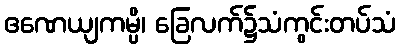
ဧဏေယျကမ္ပိ၊ ခြေလက်၌သံကွင်းတပ်သံ